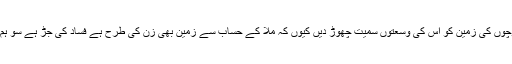
رقبے کی تو بات ہی کیا، وہ بھلے ہی چھیالیس فی صدی ہو، بلوچوں کی زمین کو اس کی وسعتوں سمیت چھوڑ دیں کیوں کہ ملاّ کے حساب سے زمین بھی زن کی طرح ہے فساد کی جڑ ہے سو ہم فی الحال ملاّ کو نفی کرنے کے جھنجھٹ میں نہیں پڑنا چاہتے۔